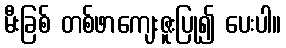
မီးခြစ် တစ်ဖာကျေးဇူးပြု၍ ပေးပါ။